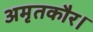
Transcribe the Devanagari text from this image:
अमृतकौर।